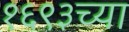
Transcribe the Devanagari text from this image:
१६९३च्या